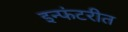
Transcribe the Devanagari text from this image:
इन्फंटरीत